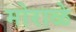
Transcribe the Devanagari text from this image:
मोराळे